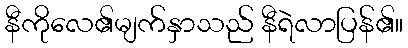
နီကိုလေ၏မျက်နှာသည် နီရဲလာပြန်၏။